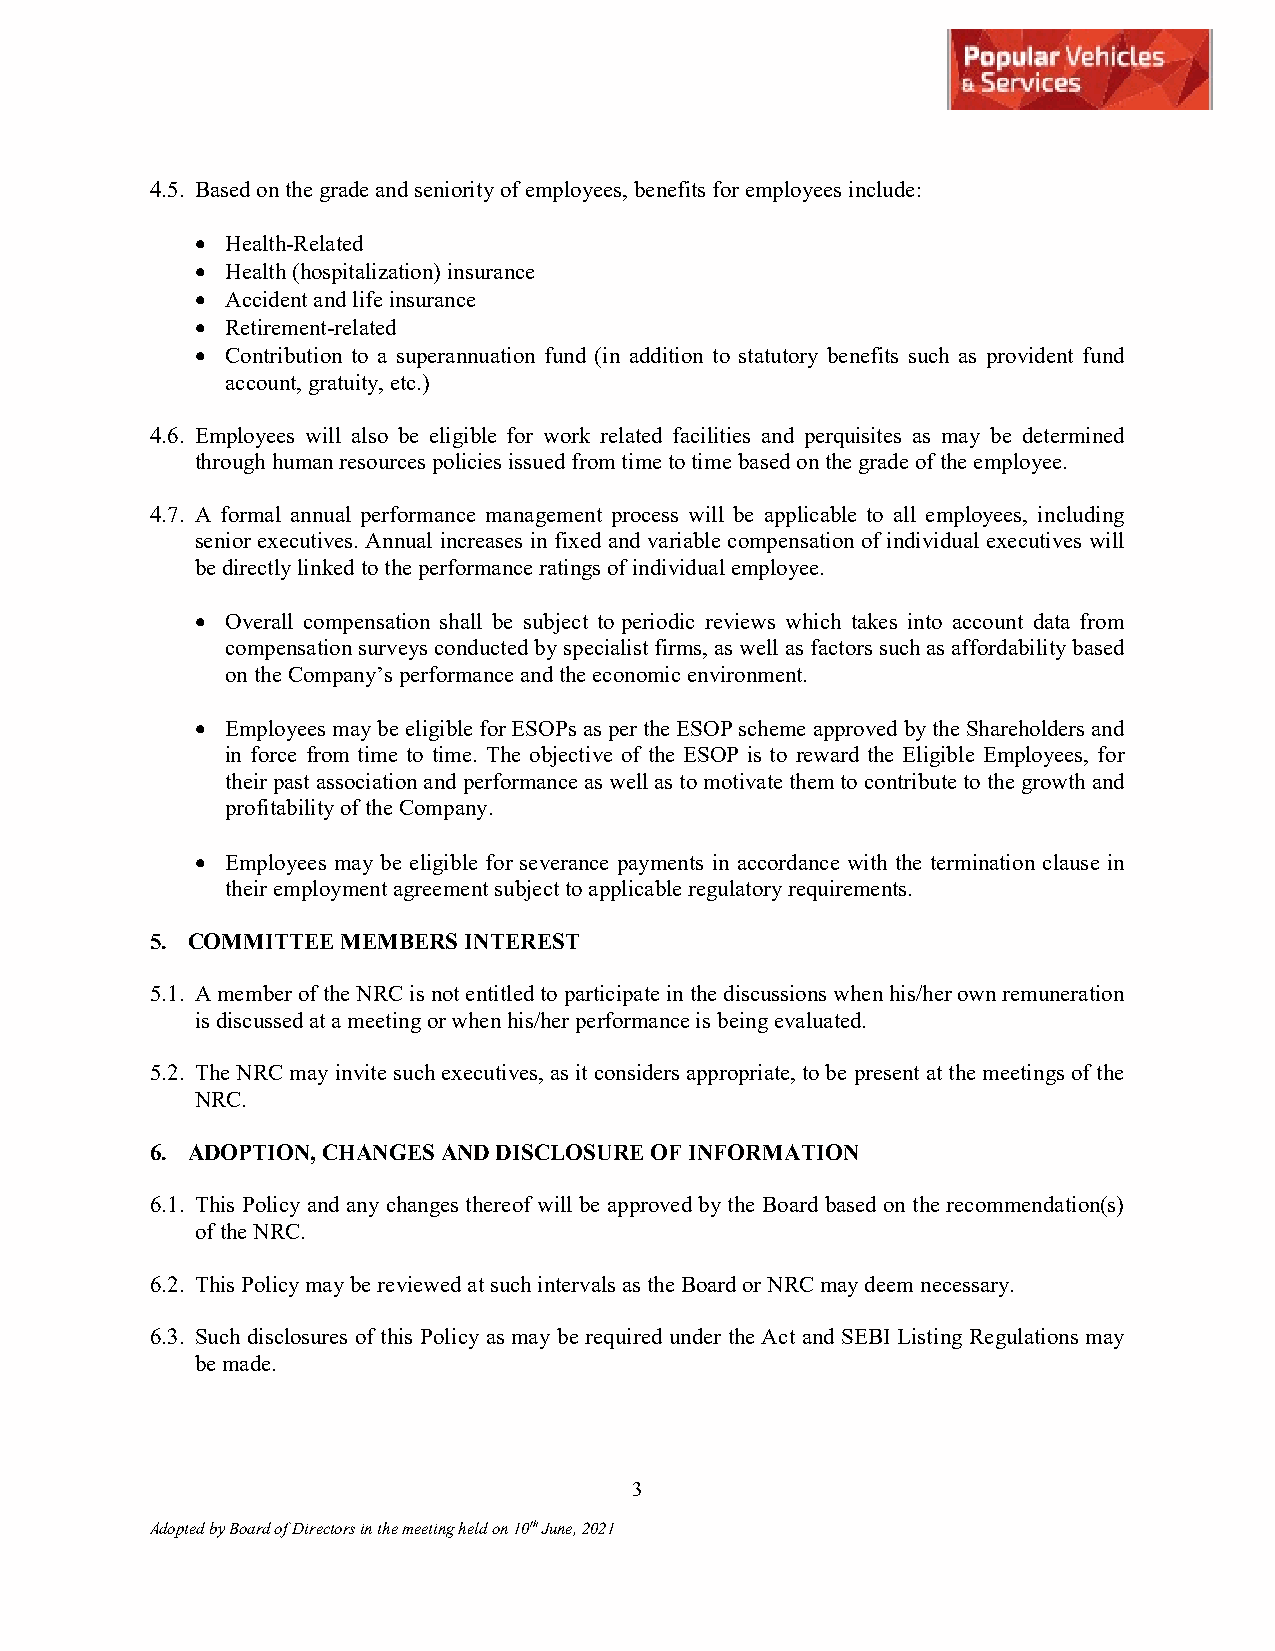
4.5. Based on the grade and seniority of employees, benefits for employees include:
  Health-Related
  Health (hospitalization) insurance
  Accident and life insurance
  Retirement-related
  Contribution to a superannuation fund (in addition to statutory benefits such as provident fund
 account, gratuity, etc.)
 4.6. Employees will also be eligible for work related facilities and perquisites as may be determined
 through human resources policies issued from time to time based on the grade of the employee.
 4.7. A formal annual performance management process will be applicable to all employees, including
 senior executives. Annual increases in fixed and variable compensation of individual executives will
 be directly linked to the performance ratings of individual employee.
  Overall compensation shall be subject to periodic reviews which takes into account data from
 compensation surveys conducted by specialist firms, as well as factors such as affordability based
 on the Company’s performance and the economic environment.
  Employees may be eligible for ESOPs as per the ESOP scheme approved by the Shareholders and
 in force from time to time. The objective of the ESOP is to reward the Eligible Employees, for
 their past association and performance as well as to motivate them to contribute to the growth and
 profitability of the Company.
  Employees may be eligible for severance payments in accordance with the termination clause in
 their employment agreement subject to applicable regulatory requirements.
 5. COMMITTEE MEMBERS INTEREST
 5.1. A member of the NRC is not entitled to participate in the discussions when his/her own remuneration
 is discussed at a meeting or when his/her performance is being evaluated.
 5.2. The NRC may invite such executives, as it considers appropriate, to be present at the meetings of the
 NRC.
 6. ADOPTION, CHANGES AND DISCLOSURE OF INFORMATION
 6.1. This Policy and any changes thereof will be approved by the Board based on the recommendation(s)
 of the NRC.
 6.2. This Policy may be reviewed at such intervals as the Board or NRC may deem necessary.
 6.3. Such disclosures of this Policy as may be required under the Act and SEBI Listing Regulations may
 be made.
 3
 Adopted by Board of Directors in the meeting held on 10th June, 2021